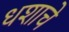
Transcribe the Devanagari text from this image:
धशाचे